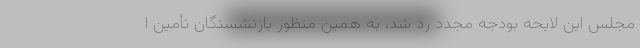
مجلس این لایحه بودجه مجدد رد شد، به همین منظور بازنشستگان تأمین ا